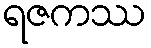
ရဇကဿ